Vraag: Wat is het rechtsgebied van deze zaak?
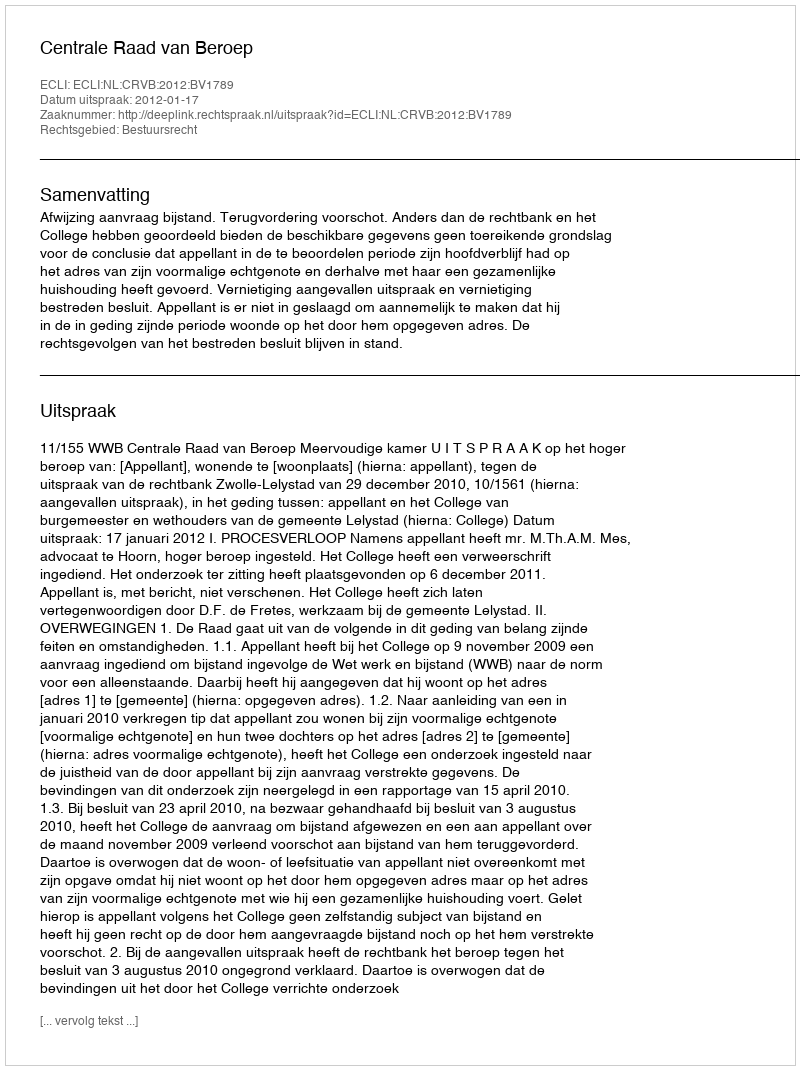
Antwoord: Bestuursrecht